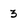
Character: 3